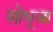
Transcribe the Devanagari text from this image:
सोभूजा